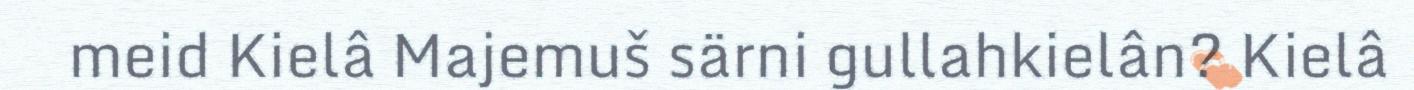
meid Kielâ Majemuš särni gullahkielân? Kielâ